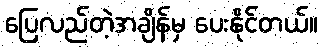
ပြေလည်တဲ့အချိန်မှ ပေးနိုင်တယ်။